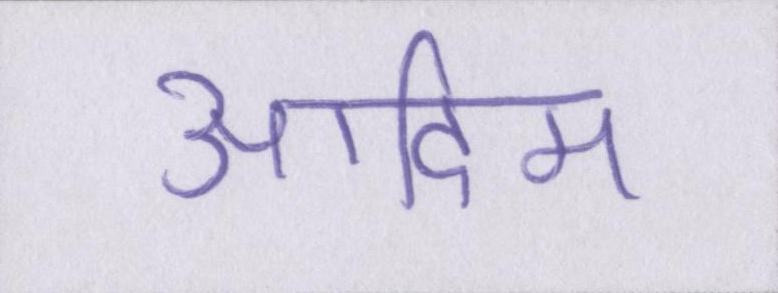
आदिम